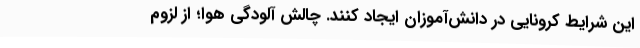
این شرایط کرونایی در دانش‌آموزان ایجاد کنند. چالش آلودگی هوا؛ از لزوم